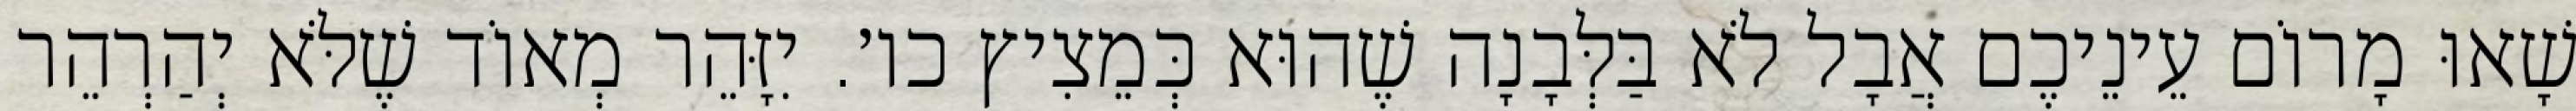
שָׁאוּ מָרוֹם עֵינֵיכֶם אֲבָל לֹא בַּלְּבָנָה שֶׁהוּא כְּמֵצִיץ כו׳. יִזָּהֵר מְאוֹד שֶׁלֹּא יְהַרְהֵר